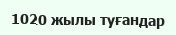
1020 жылы туғандар